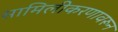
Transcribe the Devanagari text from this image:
सामिलीकरणावरून